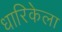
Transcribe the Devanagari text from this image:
धारिकेला